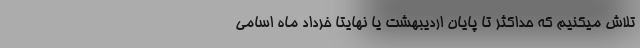
تلاش میکنیم که حداکثر تا پایان اردیبهشت یا نهایتا خرداد ماه اسامی